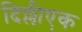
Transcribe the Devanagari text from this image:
दिल्लीएक